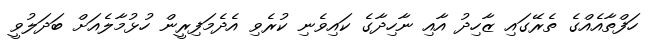
ހަފްތާއެއްގެ ތެރޭގައި ޒާހިދު އާއި ނާހިދާގެ ކައިވެނި ކުރެވި އެދެމަފިރީން ހުޅުމާލެއަށް ބަދަލުވީ